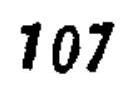
\(107\)